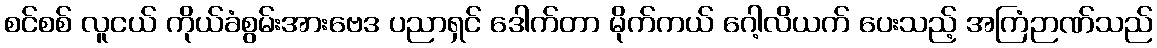
စင်စစ် လူငယ် ကိုယ်ခံစွမ်းအားဗေဒ ပညာရှင် ဒေါက်တာ မိုက်ကယ် ဂေါ့လိယက် ပေးသည့် အကြံဉာဏ်သည်